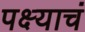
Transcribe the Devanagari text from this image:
पक्ष्याचं